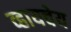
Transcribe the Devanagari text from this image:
व्हायचेय